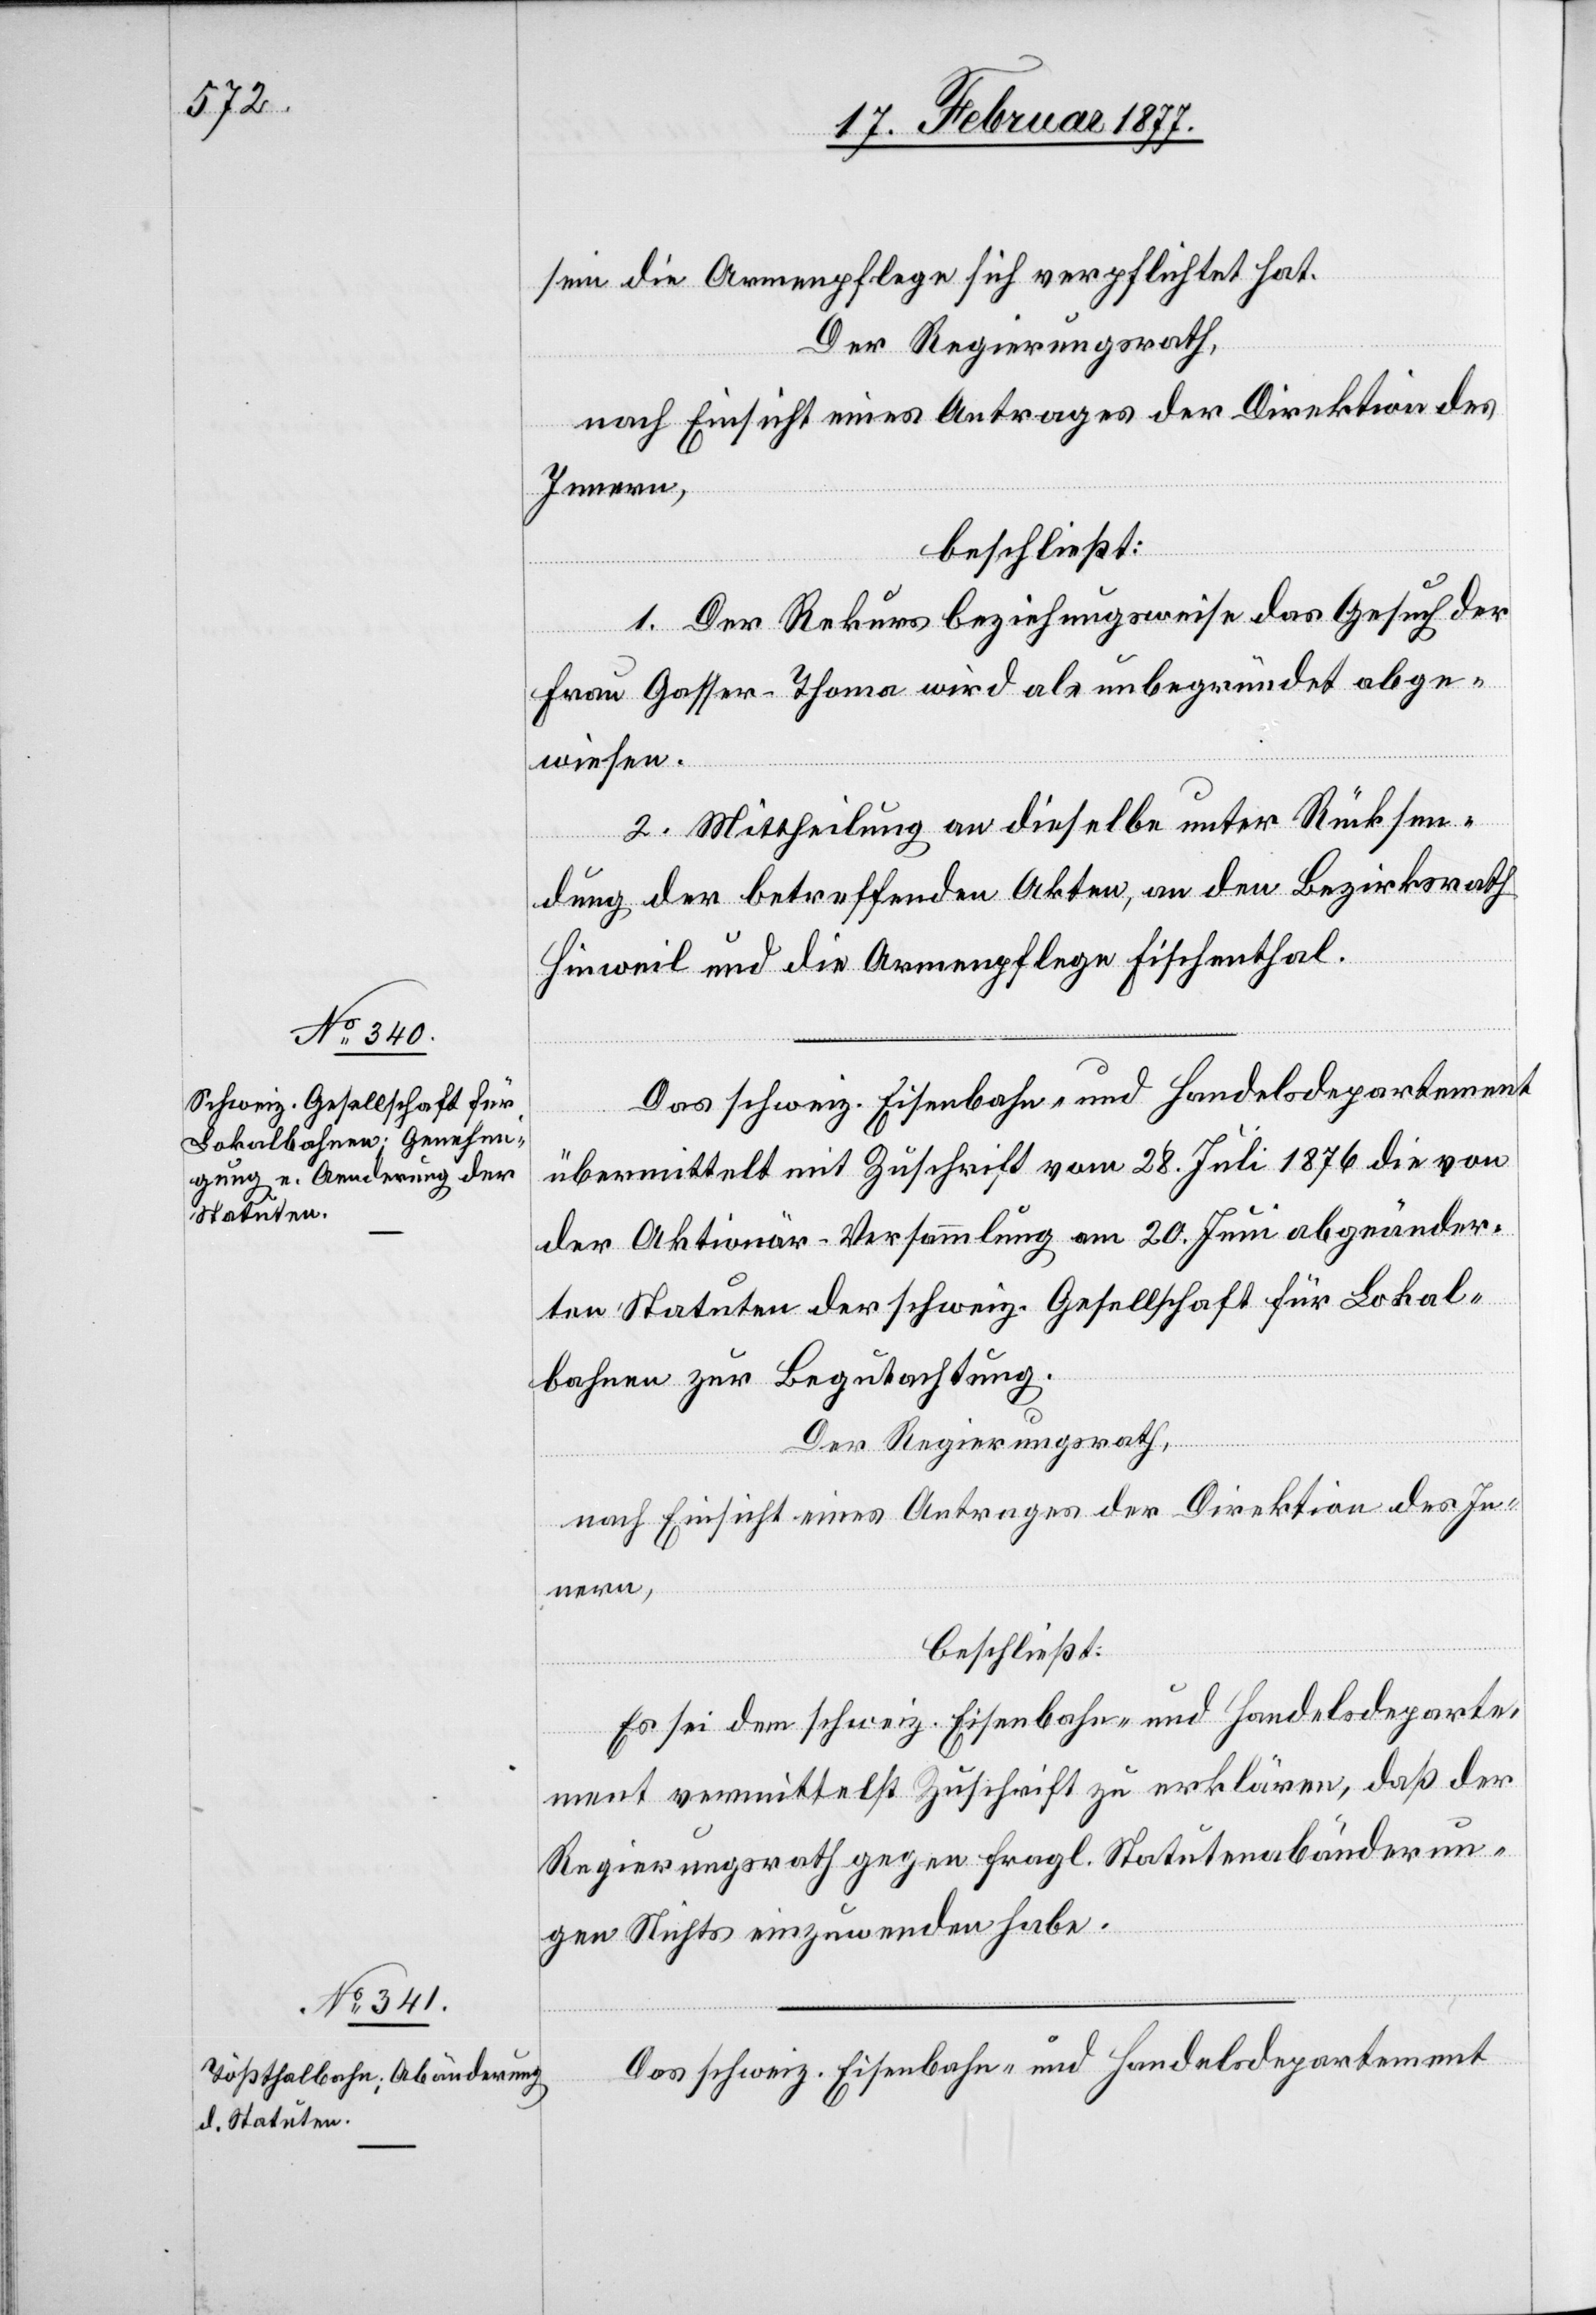
sein die Armenpflege sich verpflichtet hat.
Der Regierungsrath,
nach Einsicht eines Antrages der Direktion des
Innern,
beschließt:
1. Der Rekurs beziehungsweise das Gesuch der
Frau Gasser-Thoma wird als unbegründet abge¬
wiesen.
2. Mittheilung an dieselbe unter Rücksen¬
dung der betreffenden Akten, an den Bezirksrath
Hinweil und die Armenpflege Fischenthal.
Das schweiz. Eisenbahn- und Handelsdepartement
übermittelt mit Zuschrift vom 28. Juni 1876 die von
der Aktionär-Versammlung am 20. Juni abgeänder¬
ten Statuten der schweiz. Gesellschaft für Lokal¬
bahnen zur Begutachtung.
Der Regierungsrath,
nach Einsicht eines Antrages der Direktion des In¬
nern,
beschließt:
Es sei dem schweiz. Eisenbahn- und Handelsdeparte¬
ment vermittelst Zuschrift zu erklären, daß der
Regierungsrath gegen fragl. Statutenabänderun¬
gen Nichts einzuwenden habe.
Das schweiz. Eisenbahn- und Handelsdepartement